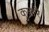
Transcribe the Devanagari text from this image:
कुमारै